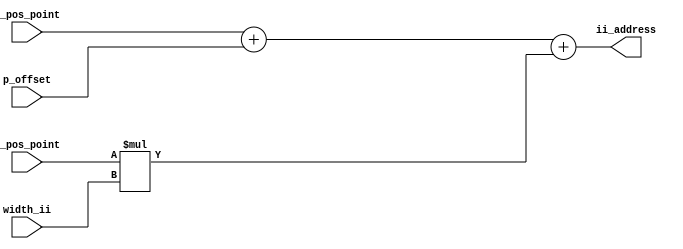
//--------------------------------------------------------------------------------------------
//
// Generated by X-HDL VHDL Translator - Version 2.0.0 Feb. 1, 2011
// ?? ?? 29 2018 17:07:22
//
//      Input file      : 
//      Component name  : ii_address_calc
//      Author          : 
//      Company         : 
//
//      Description     : 
//
//
//--------------------------------------------------------------------------------------------


module ii_address_calc(x_pos_point, y_pos_point, width_ii, p_offset, ii_address);
   input [4:0]   x_pos_point;
   input [4:0]   y_pos_point;
   input [5:0]   width_ii;
   input [12:0]  p_offset;
   output [12:0] ii_address;
   
   
   wire [10:0]   result_mult0;
   wire [12:0]   reuslt_add0;
   
   assign result_mult0 = (y_pos_point * width_ii);
   
   assign reuslt_add0 = (x_pos_point + p_offset);
   
   assign ii_address = (reuslt_add0 + result_mult0);
   
endmodule